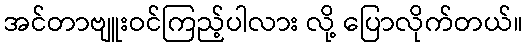
အင်တာဗျူးဝင်ကြည့်ပါလား လို့ ပြောလိုက်တယ်။